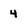
Character: 4